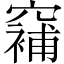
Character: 𱷗